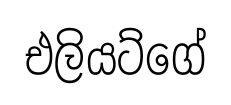
එලියට්ගේ